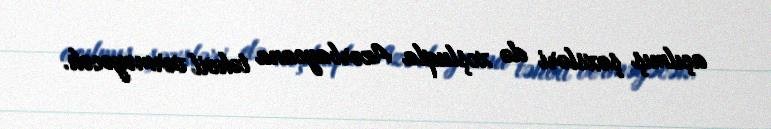
açılmış şəxsləri də xoşluqla Azərbaycana təhvil verməyəcək.